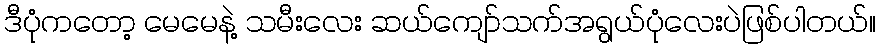
ဒီပုံကတော့ မေမေနဲ့ သမီးလေး ဆယ်ကျော်သက်အရွယ်ပုံလေးပဲဖြစ်ပါတယ်။